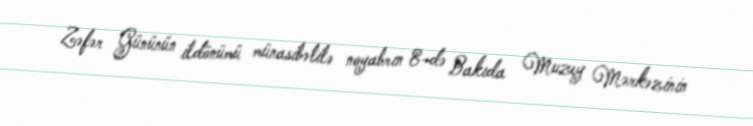
Zəfər Gününün ildönümü münasibətilə noyabrın 8-də Bakıda Muzey Mərkəzinin